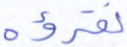
نقرؤه